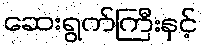
ဆေးရွက်ကြီးနှင့်